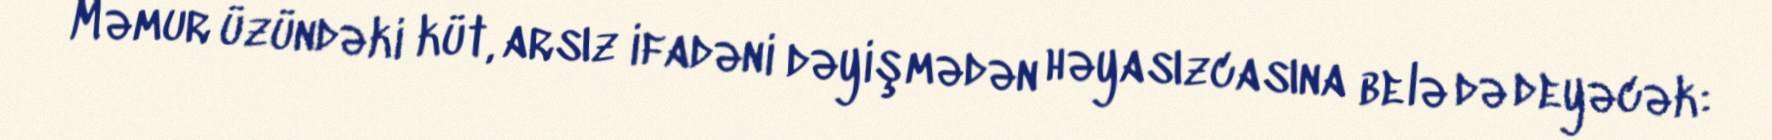
Məmur üzündəki küt, arsız ifadəni dəyişmədən həyasızcasına belə də deyəcək: